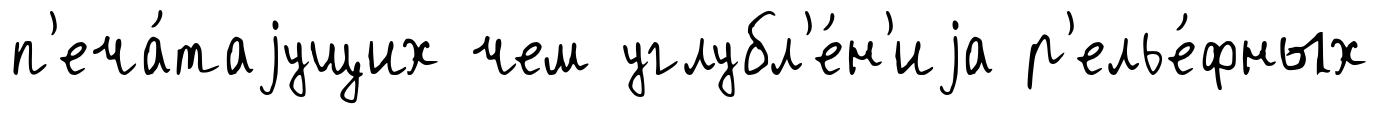
п'еча́таjущих чем углубл'е́н'иjа р'елье́фных